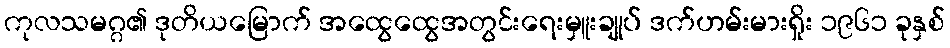
ကုလသမဂ္ဂ၏ ဒုတိယမြောက် အထွေထွေအတွင်းရေးမှူးချုပ် ဒက်ဟမ်းမားရှိုး ၁၉၆၁ ခုနှစ်